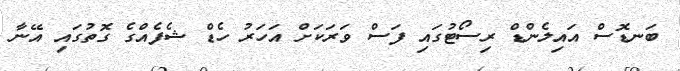
ބަނޑޮސް އައިލެންޑް ރިސޯޓުގައި ފަސް ވަރަކަށް އަހަރު ހެޑް ޝެފެއްގެ ގޮތުގައި އޭނާ